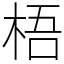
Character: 梧